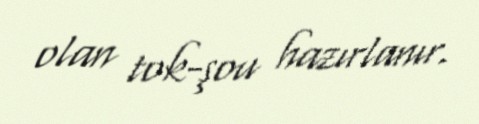
olan tok-şou hazırlanır.